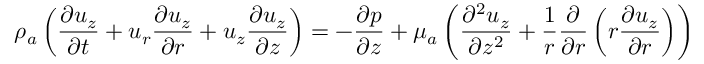
{ \rho } _ { a } \left( \frac { { \partial } { u } _ { z } } { { \partial } t } + { u } _ { r } \frac { { \partial } { u } _ { z } } { { \partial } r } + { u } _ { z } \frac { { \partial } { u } _ { z } } { { \partial } z } \right) = - \frac { { \partial } { p } } { { \partial } z } + { \mu } _ { a } \left( \frac { { \partial } ^ { 2 } { u } _ { z } } { { \partial } { z } ^ { 2 } } + \frac { 1 } { r } \frac { { \partial } } { { \partial } r } \left( r \frac { { \partial } { u } _ { z } } { { \partial } r } \right) \right)